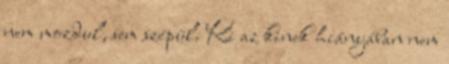
nem mozdul, sem szépül. Ki az kinek hiányában nem